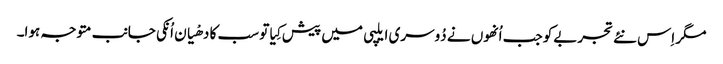
مگر اِس نئے تجربےکو جب اُنھوں نے دُوسری ایلپی میں پیش کِیا تو سب کا دھْیان اُنکی جانب متوجہ ہوا۔